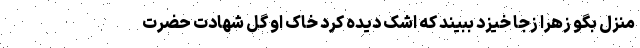
منزل بگو زهرا زجا خیزد ببیند که اشک دیده کرد خاک او گل شهادت حضرت